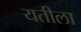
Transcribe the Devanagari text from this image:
यतीला